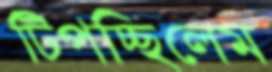
টিপচ্ছিলেম